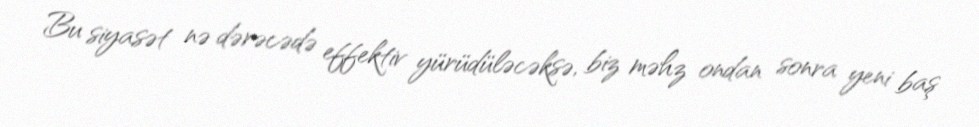
Bu siyasət nə dərəcədə effektiv yürüdüləcəksə, biz məhz ondan sonra yeni baş